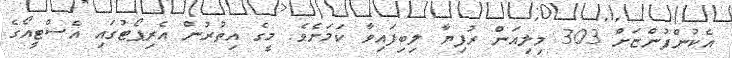
އެކުންފުންޏަށް 303 މިލިއަން ރުފިޔާ ލިބިފައިވާ ކަމަށެވެ. މީގެ އިތުރުން އެރިޕޯޓުގައި އެސްޓީއޯގެ